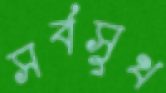
সর্বসুখ